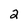
Character: 2